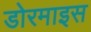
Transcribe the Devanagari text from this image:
डोरमाइस